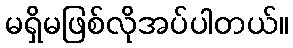
မရှိမဖြစ်လိုအပ်ပါတယ်။